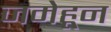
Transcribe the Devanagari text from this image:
जमेहून